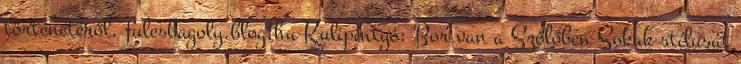
történetéről. fulesbagoly.blog.hu Kulipintyó: Bor van a Szőlőben Sokak stílusát